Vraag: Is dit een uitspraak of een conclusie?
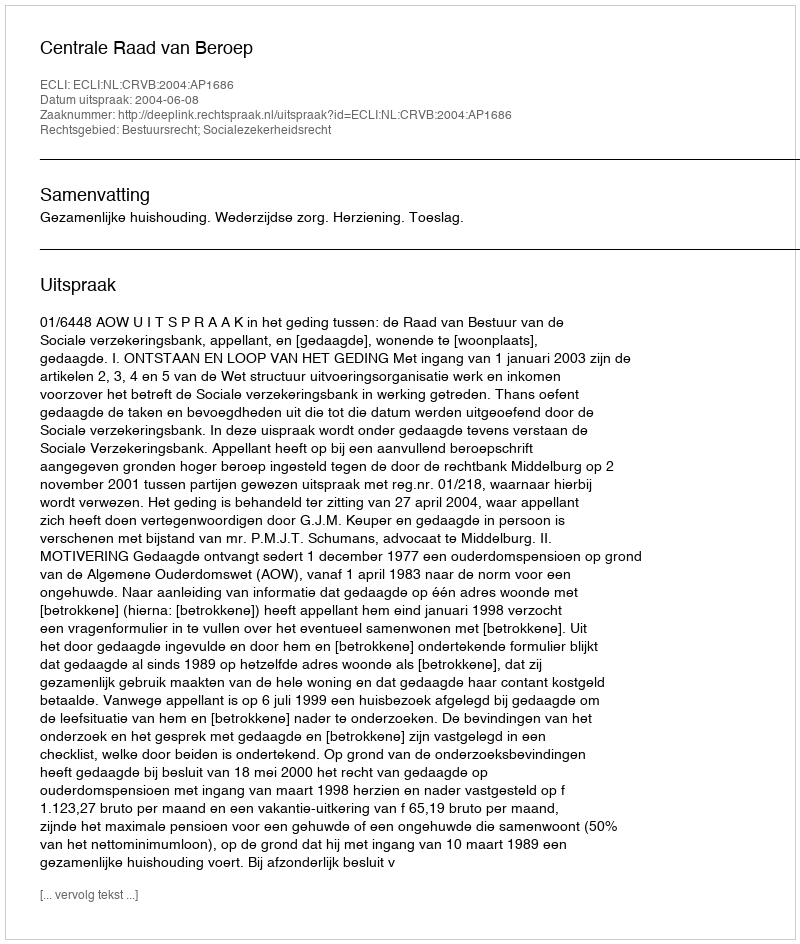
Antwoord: Uitspraak